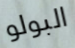
البولو